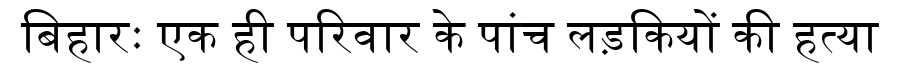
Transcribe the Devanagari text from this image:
बिहारः एक ही परिवार के पांच लड़कियों की हत्या